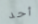
أحد